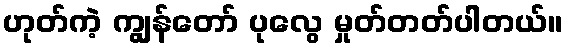
ဟုတ်ကဲ့ ကျွန်တော် ပုလွေ မှုတ်တတ်ပါတယ်။